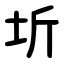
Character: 圻